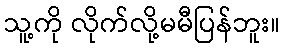
သူ့ကို လိုက်လို့မမီပြန်ဘူး။